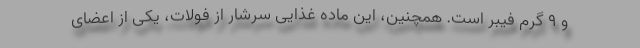
و 9 گرم فیبر است. همچنین، این ماده غذایی سرشار از فولات، یکی از اعضای